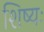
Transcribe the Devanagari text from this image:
शिष्यः